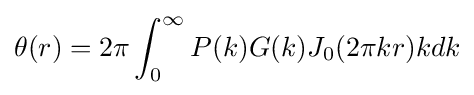
\theta (r)=2\pi \int _{0}^{\infty }P(k)G(k)J_{0}(2\pi kr)kdk